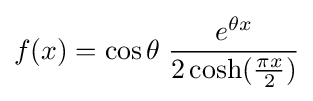
f(x)=\cos \theta \;{\frac {e^{\theta x}}{2\operatorname {cosh} ({\frac {\pi x}{2}})}}